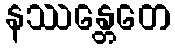
နဿန္တေတေ